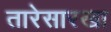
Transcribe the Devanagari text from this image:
तारेसारखा